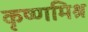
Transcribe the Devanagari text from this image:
कृष्णमिश्र